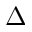
\Delta